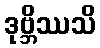
ဒုဗ္ဘိဿသိ